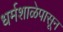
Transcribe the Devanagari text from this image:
धर्मशाळेपासून